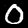
Digit: 0